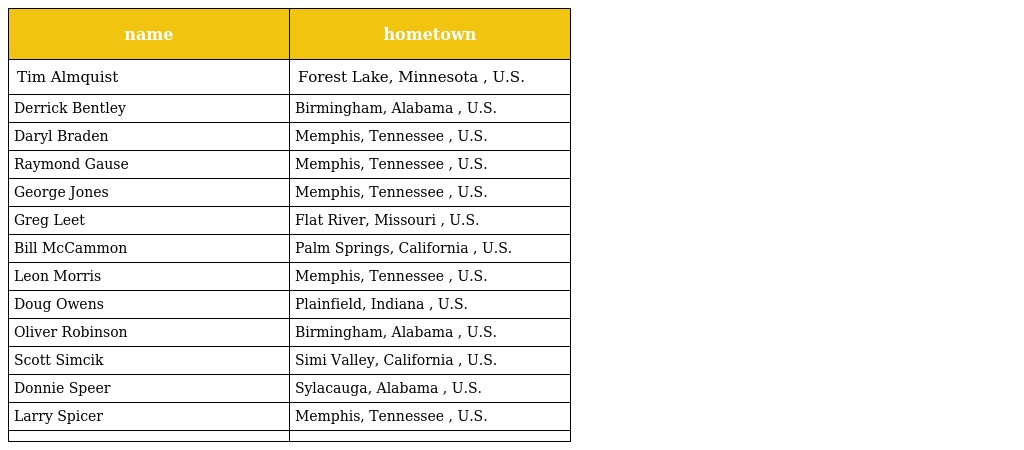
| name | hometown |
 | --- | --- |
 | Tim Almquist | Forest Lake, Minnesota , U.S. |
 | Derrick Bentley | Birmingham, Alabama , U.S. |
 | Daryl Braden | Memphis, Tennessee , U.S. |
 | Raymond Gause | Memphis, Tennessee , U.S. |
 | George Jones | Memphis, Tennessee , U.S. |
 | Greg Leet | Flat River, Missouri , U.S. |
 | Bill McCammon | Palm Springs, California , U.S. |
 | Leon Morris | Memphis, Tennessee , U.S. |
 | Doug Owens | Plainfield, Indiana , U.S. |
 | Oliver Robinson | Birmingham, Alabama , U.S. |
 | Scott Simcik | Simi Valley, California , U.S. |
 | Donnie Speer | Sylacauga, Alabama , U.S. |
 | Larry Spicer | Memphis, Tennessee , U.S. |
 |  |  |